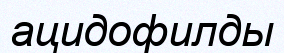
ацидофилды